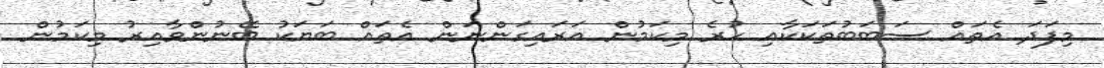
މިފަދަ އެތައް ސަބަބުތަކަކާއި ހުރެ މިކަމުން އަރައިގަންނަން އެތައް ބަޔަކު ބޭނުންވާއިރު މިކަމުން